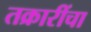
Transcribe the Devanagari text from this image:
तक्रारींचा